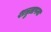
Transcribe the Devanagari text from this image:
शत्रुतापना